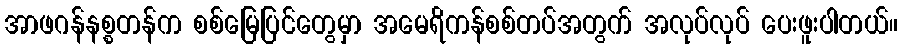
အာဖဂန်နစ္စတန်က စစ်မြေပြင်တွေမှာ အမေရိကန်စစ်တပ်အတွက် အလုပ်လုပ် ပေးဖူးပါတယ်။